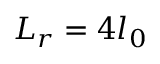
L _ { r } = 4 l _ { 0 }